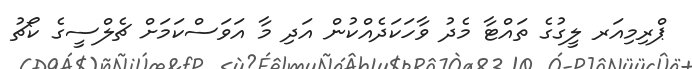
ޕްރިމިއަރ ލީގުގެ ތައްޓާ މެދު ވާހަކަދެއްކުން އަދި މާ އަވަސްކަމަށް ޗެލްސީގެ ކޯޗު